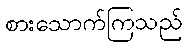
စားသောက်ကြသည်